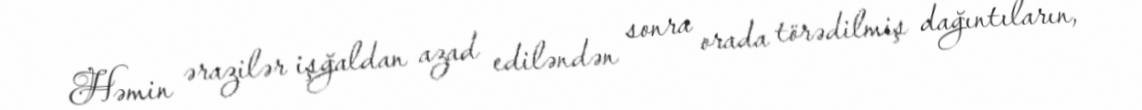
Həmin ərazilər işğaldan azad ediləndən sonra orada törədilmiş dağıntıların,